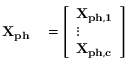
\begin{array} { r l } { \mathbf { X _ { p h } } } & { { } = \left[ \begin{array} { l } { \mathbf { X _ { p h , 1 } } } \\ { \vdots } \\ { \mathbf { X _ { p h , c } } } \end{array} \right] } \end{array}